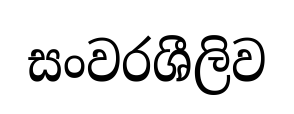
සංවරශීලිව